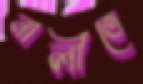
নালীতে